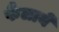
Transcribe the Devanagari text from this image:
फैलायें